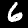
Digit: 6